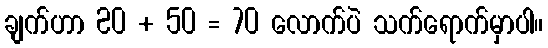
ချက်ဟာ 20 + 50 = 70 လောက်ပဲ သက်ရောက်မှာပါ။